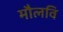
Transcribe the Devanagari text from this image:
मौलवि